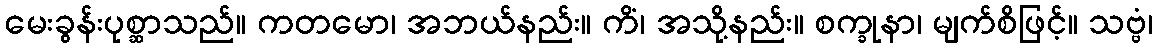
မေးခွန်းပုစ္ဆာသည်။ ကတမော၊ အဘယ်နည်း။ ကိံ၊ အသို့နည်း။ စက္ခုနာ၊ မျက်စိဖြင့်။ သဗ္ဗံ၊